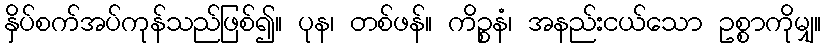
နှိပ်စက်အပ်ကုန်သည်ဖြစ်၍။ ပုန၊ တစ်ဖန်။ ကိဉ္စနံ၊ အနည်းငယ်သော ဥစ္စာကိုမျှ။